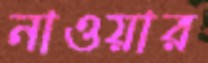
নাওয়ার